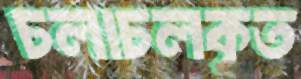
চলাচলকৃত